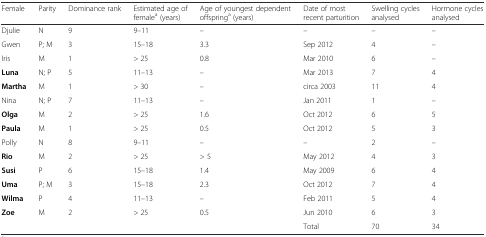
<table><thead><tr><td><b>Female</b></td><td><b>Parity</b></td><td><b>Dominance rank</b></td><td><b>Estimated age of female<sup>a</sup> (years)</b></td><td><b>Age of youngest dependent offspring<sup>a</sup> (years)</b></td><td><b>Date of most recent parturition</b></td><td><b>Swelling cycles analysed</b></td><td><b>Hormone cycles analysed</b></td></tr></thead><tbody><tr><td>Djulie</td><td>N</td><td>9</td><td>9–11</td><td>–</td><td>–</td><td>–</td><td>–</td></tr><tr><td>Gwen</td><td>P; M</td><td>3</td><td>15–18</td><td>3.3</td><td>Sep 2012</td><td>4</td><td>–</td></tr><tr><td>Iris</td><td>M</td><td>1</td><td>&gt; 25</td><td>0.8</td><td>Mar 2010</td><td>6</td><td>–</td></tr><tr><td><b>Luna</b></td><td>N; P</td><td>5</td><td>11–13</td><td>–</td><td>Mar 2013</td><td>7</td><td>4</td></tr><tr><td><b>Martha</b></td><td>M</td><td>1</td><td>&gt; 30</td><td>–</td><td>circa 2003</td><td>11</td><td>4</td></tr><tr><td>Nina</td><td>N; P</td><td>7</td><td>11–13</td><td>–</td><td>Jan 2011</td><td>1</td><td>–</td></tr><tr><td><b>Olga</b></td><td>M</td><td>2</td><td>&gt; 25</td><td>1.6</td><td>Oct 2012</td><td>6</td><td>5</td></tr><tr><td><b>Paula</b></td><td>M</td><td>1</td><td>&gt; 25</td><td>0.5</td><td>Oct 2012</td><td>5</td><td>3</td></tr><tr><td>Polly</td><td>N</td><td>8</td><td>9–11</td><td>–</td><td>–</td><td>2</td><td>–</td></tr><tr><td><b>Rio</b></td><td>M</td><td>2</td><td>&gt; 25</td><td>&gt; 5</td><td>May 2012</td><td>4</td><td>3</td></tr><tr><td><b>Susi</b></td><td>P</td><td>6</td><td>15–18</td><td>1.4</td><td>May 2009</td><td>6</td><td>4</td></tr><tr><td><b>Uma</b></td><td>P; M</td><td>3</td><td>15–18</td><td>2.3</td><td>Oct 2012</td><td>7</td><td>4</td></tr><tr><td><b>Wilma</b></td><td>P</td><td>4</td><td>11–13</td><td>–</td><td>Feb 2011</td><td>5</td><td>4</td></tr><tr><td><b>Zoe</b></td><td>M</td><td>2</td><td>&gt; 25</td><td>0.5</td><td>Jun 2010</td><td>6</td><td>3</td></tr><tr><td></td><td></td><td></td><td></td><td></td><td>Total</td><td>70</td><td>34</td></tr></tbody></table>